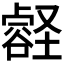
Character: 𫫽